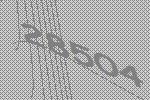
28504